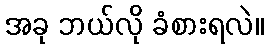
အခု ဘယ်လို ခံစားရလဲ။